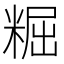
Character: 𥺷